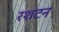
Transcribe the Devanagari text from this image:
रशटन